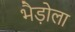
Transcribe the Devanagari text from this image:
भैड़ोला